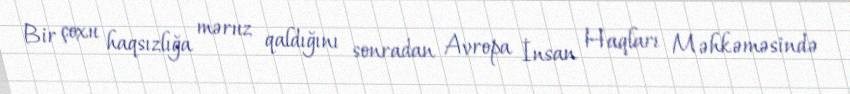
Bir çoxu haqsızlığa məruz qaldığını sonradan Avropa İnsan Haqları Məhkəməsində